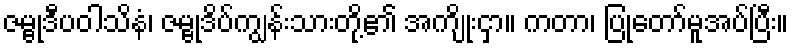
ဇမ္ဗုဒီပဝါသိနံ၊ ဇမ္ဗုဒိပ်ကျွန်းသားတို့၏ အကျိုးငှာ။ ကတာ၊ ပြုတော်မူအပ်ပြီး။